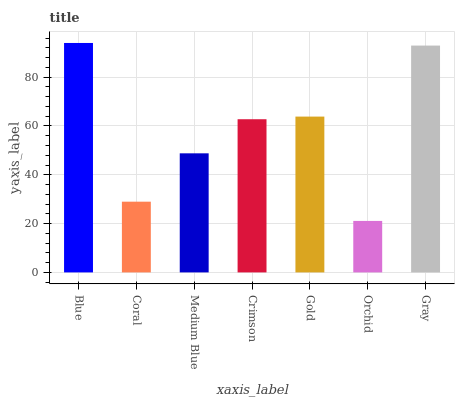
| xaxis_label | bars |
 | --- | --- |
 | Blue | 94 |
 | Coral | 29 |
 | Medium Blue | 48.8 |
 | Crimson | 62.8 |
 | Gold | 63.8 |
 | Orchid | 21.1 |
 | Gray | 92.9 |